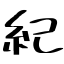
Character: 紀